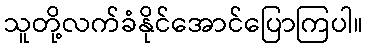
သူတို့လက်ခံနိုင်အောင်ပြောကြပါ။